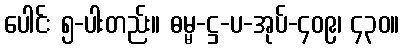
ပေါင်း ၅-ပါးတည်း။ ဓမ္မ-ဋ္ဌ-ပ-အုပ်-၄၀၉၊ ၄၃၀။